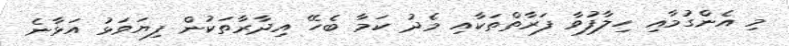
މި އެންގުމާއި ހިލާފުވާ ފަރާތްތަކާއި މެދު ކަމާ ބެހޭ އިދާރާތަކުން ފިޔަވަޅު އަޅާނެ